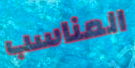
المناسب